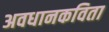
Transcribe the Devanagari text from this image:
अवधानकविता